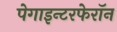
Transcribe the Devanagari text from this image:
पेगाइन्टरफेरॉन